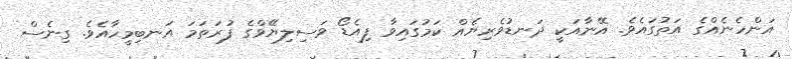
އަންހެނެއްގެ އަތުގައެވެ. އޭނާއަކީ ދަނޑުވެރިޔެއް ކަމުގައިވާ ފިއެޑޯ ވަސިލިޔޭވްގެ ފުރަތަމަ އަނބިމީހާއެވެ. ގިނެސް